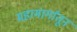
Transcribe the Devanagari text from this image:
महामार्गांतून